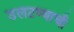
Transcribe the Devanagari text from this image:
उलटण्याची